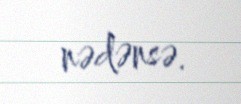
nədənsə.